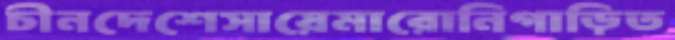
চীনদেশেসায়েমারোনিগাড়িত